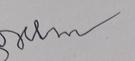
Signature authenticity: forged